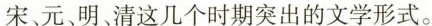
宋、元、明、清这几个时期突出的文学形式。